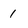
Character: 1